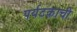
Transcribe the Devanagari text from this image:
पर्यटकाची